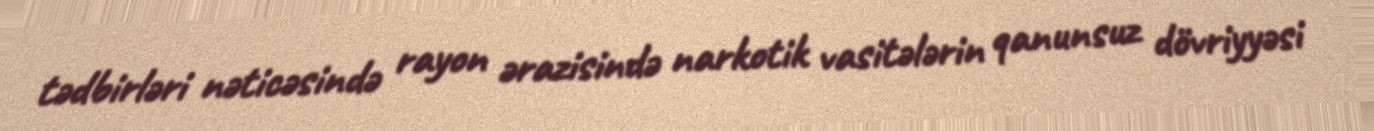
tədbirləri nəticəsində rayon ərazisində narkotik vasitələrin qanunsuz dövriyyəsi